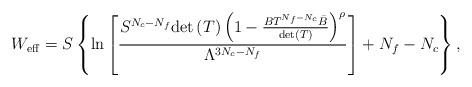
\begin{align*}W_{\rm eff}=S \left\{ \ln\left[\frac{S^{N_c-N_f}{\rm det}\left(T\right) \left(1- \frac{BT^{N_f-N_c}\bar{B}}{{\rm det}(T)}\right)^\rho}{\Lambda^{3N_c-N_f}} \right] +N_f-N_c\right\},\end{align*}